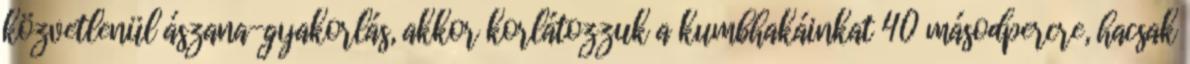
közvetlenül ászana-gyakorlás, akkor korlátozzuk a kumbhakáinkat 40 másodpercre, hacsak